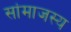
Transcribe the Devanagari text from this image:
सांमाजस्य